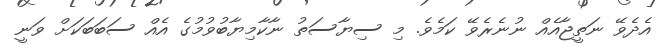
އެދެވޭ ނަތީޖާއެއް ނުނެރެވޭ ކަމެވެ. މި ސިޔާސަތު ނާކާމިޔާބުވުމުގެ އެއް ސަބަބަކަށް ވަނީ